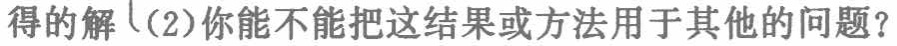
得的解（2）你能不能把这结果或方法用于其他的问题？